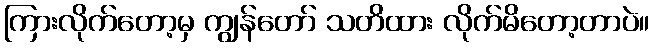
ကြားလိုက်တော့မှ ကျွန်တော် သတိထား လိုက်မိတော့တာပဲ။